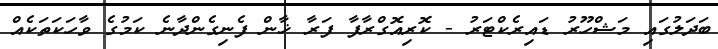
ބަދަލުގައި މަޝްހޫރު ޑައިރެކްޓަރު - ކޮރިއޮގްރާފާ ފަރާ ޚާން ފެނިގެންދާނެ ކަމުގެ ވާހަކަތަކެއް